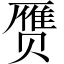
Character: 赝